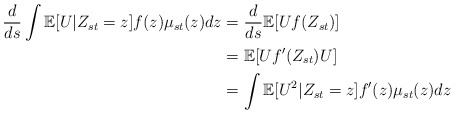
\begin{align*}\frac{d}{ds}\int\mathbb{E}[U|Z_{st}=z]f(z)\mu_{st}(z)dz&=\frac{d}{ds}\mathbb{E}[Uf(Z_{st})]\\&=\mathbb{E}[Uf'(Z_{st})U]\\&=\int \mathbb{E}[U^2|Z_{st}=z]f'(z)\mu_{st}(z)dz\end{align*}